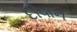
દીવાન